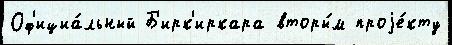
Оф'ициа́льный Б'ирк'иркара вторы́м проjе́кту